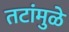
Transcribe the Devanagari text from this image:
तटांमुळे